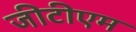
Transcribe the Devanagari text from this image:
जीटीएम